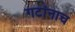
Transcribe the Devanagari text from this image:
गटांनाच